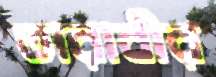
তারাবীর